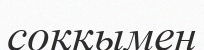
соққымен